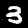
Label: 3